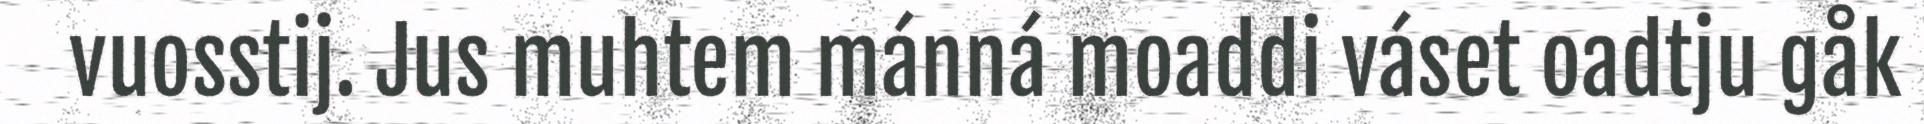
vuosstij. Jus muhtem mánná moaddi váset oadtju gåk